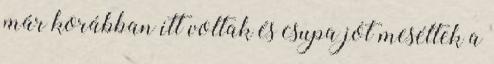
már korábban itt voltak és csupa jót meséltek a